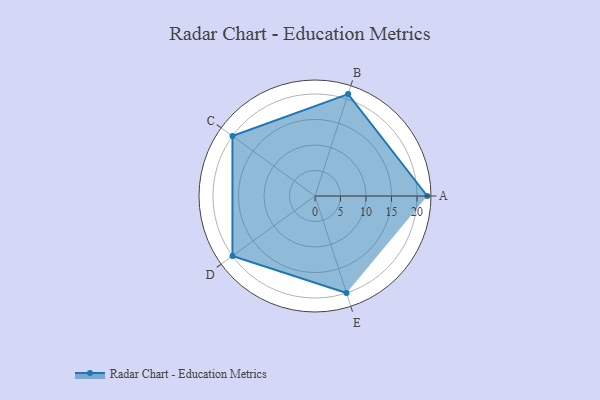
{"axis": {"x": "Skill", "y": "Score"}, "legend": ["Profile"], "data": [{"x": "A", "y": 22.0, "type": "Profile"}, {"x": "B", "y": 21.0, "type": "Profile"}, {"x": "C", "y": 20, "type": "Profile"}, {"x": "D", "y": 20, "type": "Profile"}, {"x": "E", "y": 20, "type": "Profile"}]}